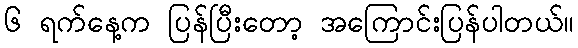
၆ ရက်နေ့က ပြန်ပြီးတော့ အကြောင်းပြန်ပါတယ်။